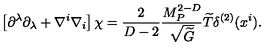
\left[ \partial ^ { \lambda } \partial _ { \lambda } + \nabla ^ { i } \nabla _ { i } \right] \chi = { \frac { 2 } { D - 2 } } { \frac { M _ { P } ^ { 2 - D } } { \sqrt { \widetilde G } } } { \widetilde T } \delta ^ { ( 2 ) } ( x ^ { i } ) .